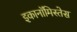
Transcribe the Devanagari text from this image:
इकानॉमिस्तेस